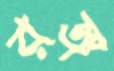
রঙ্গ